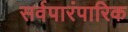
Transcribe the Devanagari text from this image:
सर्वपारंपारिक